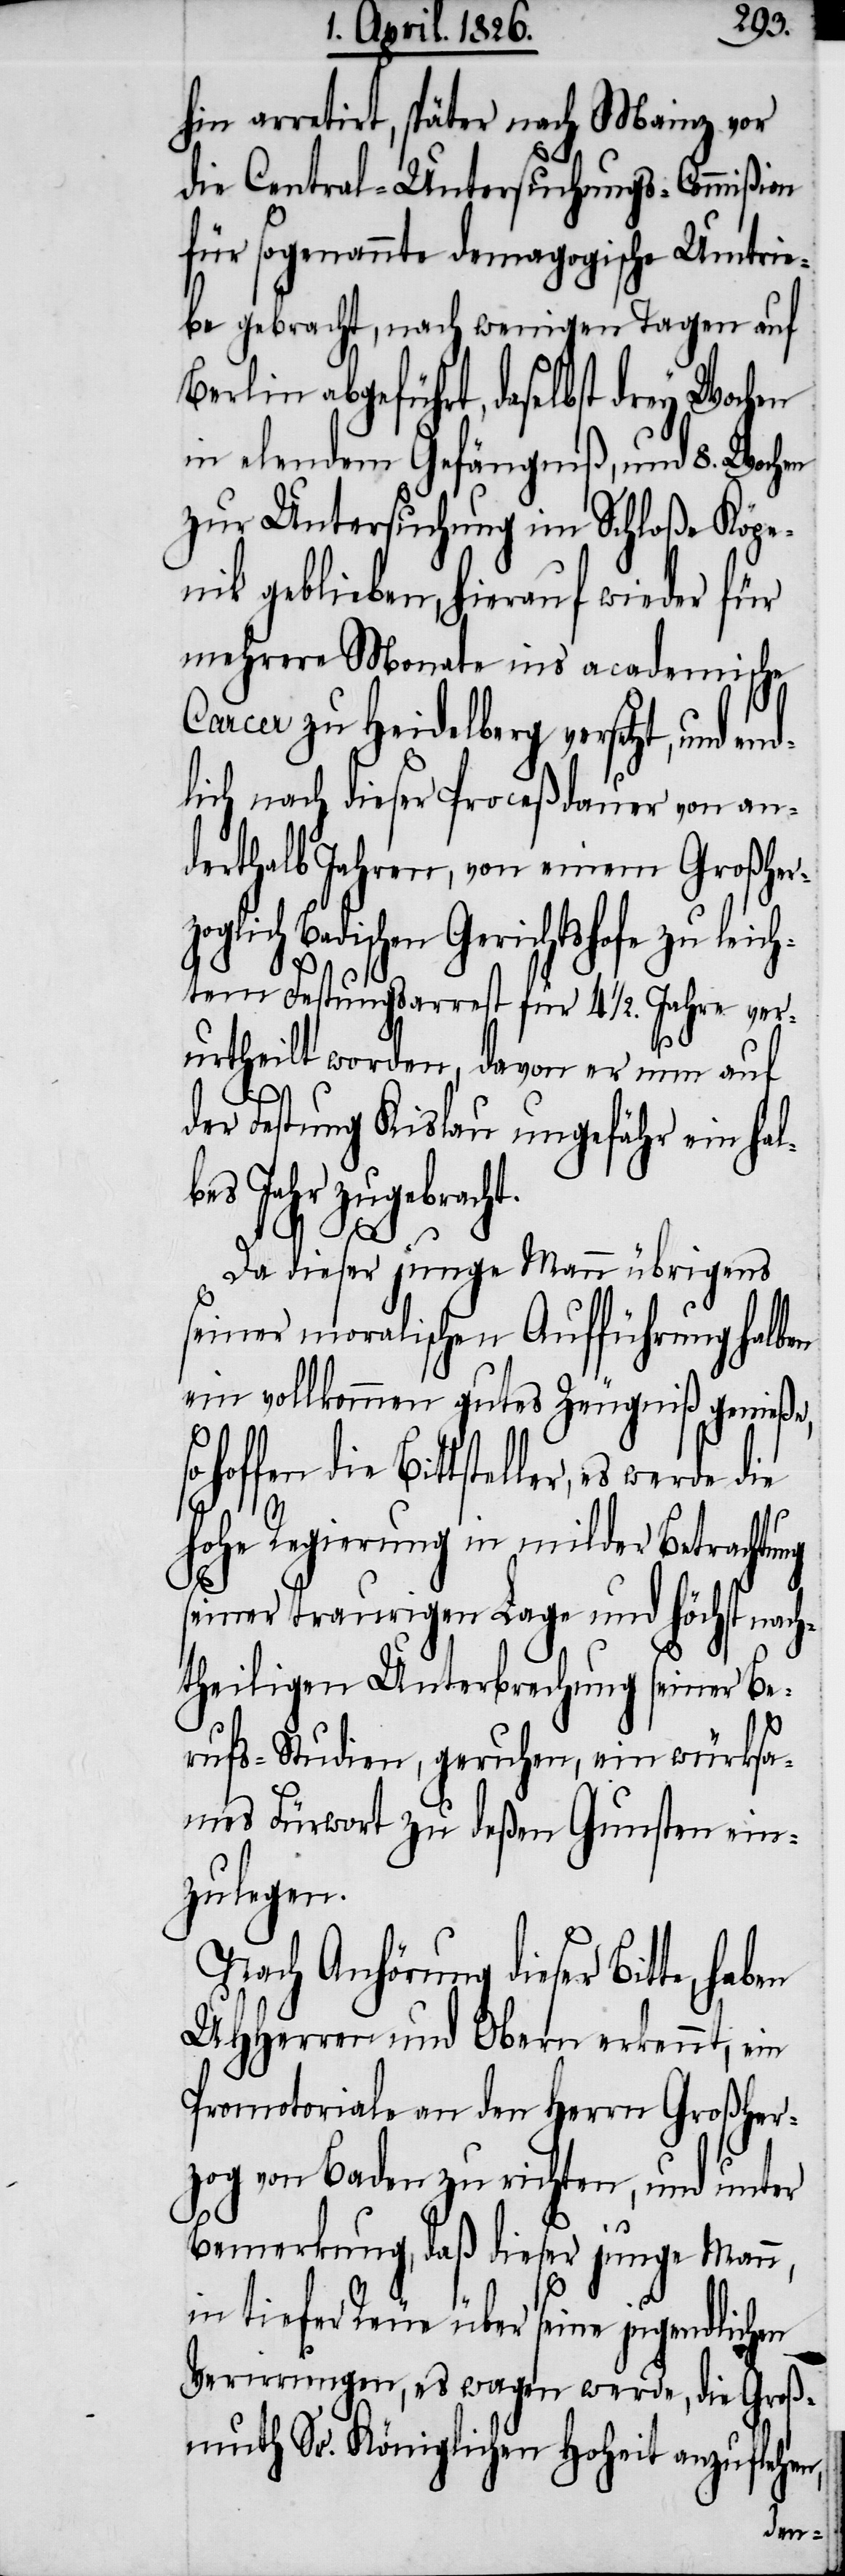
hin arretirt, später nach Mainz vor
die Central-Untersuchungs-Commißion
für sogenannte demagogische Umtrie¬
be gebracht, nach wenigen Tagen auf
Berlin abgeführt, daselbst drey Wochen
in elendem Gefängniß, und 8. Wochen
zur Untersuchung im Schloße Köpe¬
nik geblieben, hierauf wieder für
mehrere Monate ins academische
Carcer zu Heidelberg versetzt, und
lich nach dieser Proceßdauer von an¬
derthalb Jahren, von einem Großher¬
Gerichtshofe zu leic¬
htem Festungsarrest für 4 1/2. Jahre ver¬
urtheilt worden, davon er nun auf
der Festung Kislau ungefähr ein hal¬
bes Jahr zugebracht.
Da dieser junge Mann übrigens
seiner moralischen Aufführung halben
ein vollkommen gutes Zeugniß genieße,
hoffen die Bittsteller, es werde
hohe Regierung in milder Betrachtung
seiner traurigen Lage und höchst nach¬
theiligen Unterbrechung seiner Be¬
rufs-Studien, geruhen, ein würksa¬
mes Fürwort zu deßen Gunsten ein¬
zulegen.
Nach Anhörung dieser Bitte,
UHHerren und Obern erkennt, ein
Promotoriale an den Herrn Großher¬
zog von Baden zu richten, und unter
Bemerkung, daß dieser junge Mann,
in tiefer Reue über seine jugendlichen
Verirrungen, es wagen werde, die Groß¬
muth Sr. Königlichen Hoheit anzuflehen,
end¬